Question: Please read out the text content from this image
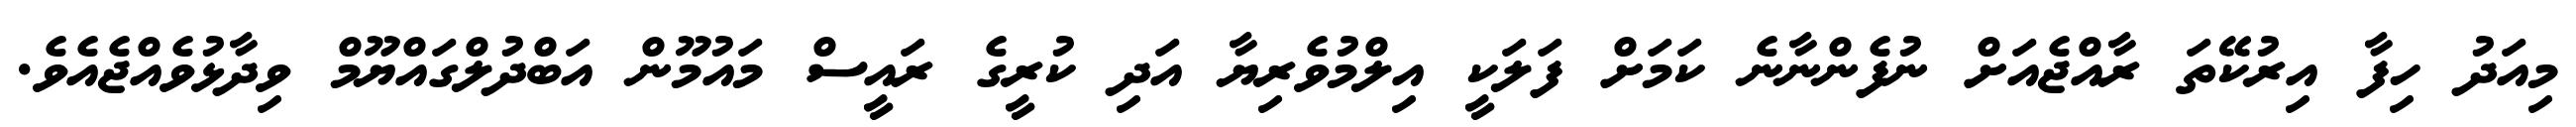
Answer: މިއަދު ހިފާ އިރުކޭތަ ރާއްޖެއަށް ނުފެންނާނެ ކަމަށް ފަލަކީ އިލްމުވެރިޔާ އަދި ކުރީގެ ރައީސް މައުމޫން އަބްދުލްގައްޔޫމް ވިދާޅުވެއްޖެއެވެ.